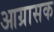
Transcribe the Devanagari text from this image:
आग्रासक